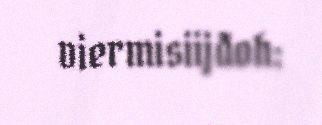
viermisiijđoh: